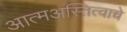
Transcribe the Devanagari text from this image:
आत्मअस्तित्वाचे